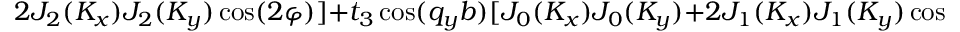
2 J _ { 2 } ( K _ { x } ) J _ { 2 } ( K _ { y } ) \cos ( 2 \varphi ) ] + t _ { 3 } \cos ( q _ { y } b ) [ J _ { 0 } ( K _ { x } ) J _ { 0 } ( K _ { y } ) + 2 J _ { 1 } ( K _ { x } ) J _ { 1 } ( K _ { y } ) \cos ( \varphi ) + 2 J _ { 2 } ( K _ { x } ) J _ { 2 } ( K _ { y } ) \cos ( 2 \varphi ) ] \}